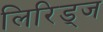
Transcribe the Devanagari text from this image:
लिरिड्ज